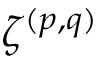
\zeta ^ { ( p , q ) }